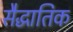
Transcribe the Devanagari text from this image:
सैद्धातिक